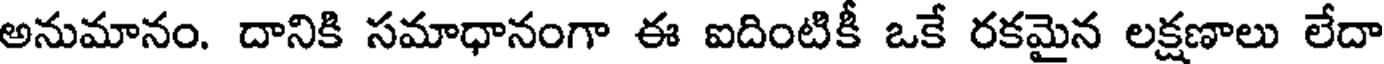
అనుమానం. దానికి సమాధానంగా ఈ ఐదింటికీ ఒకే రకమైన లక్షణాలు లేదా